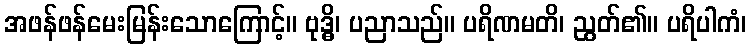
အဖန်ဖန်မေးမြန်းသောကြောင့်။ ဗုဒ္ဓိ၊ ပညာသည်။ ပရိဏမတိ၊ ညွတ်၏။ ပရိပါကံ၊